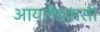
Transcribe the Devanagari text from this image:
आयलैंडवासी